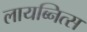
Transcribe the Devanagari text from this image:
लायब्नित्स